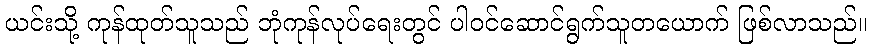
ယင်းသို့ ကုန်ထုတ်သူသည် ဘုံကုန်လုပ်ရေးတွင် ပါဝင်ဆောင်ရွက်သူတယောက် ဖြစ်လာသည်။